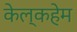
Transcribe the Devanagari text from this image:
केल्कहेम